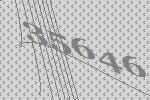
35646